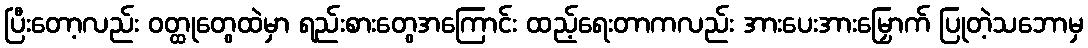
ပြီးတော့လည်း ဝတ္ထုတွေထဲမှာ ရည်းစားတွေအကြောင်း ထည့်ရေးတာကလည်း အားပေးအားမြှောက် ပြုတဲ့သဘောမှ